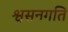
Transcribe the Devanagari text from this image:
श्वसनगति